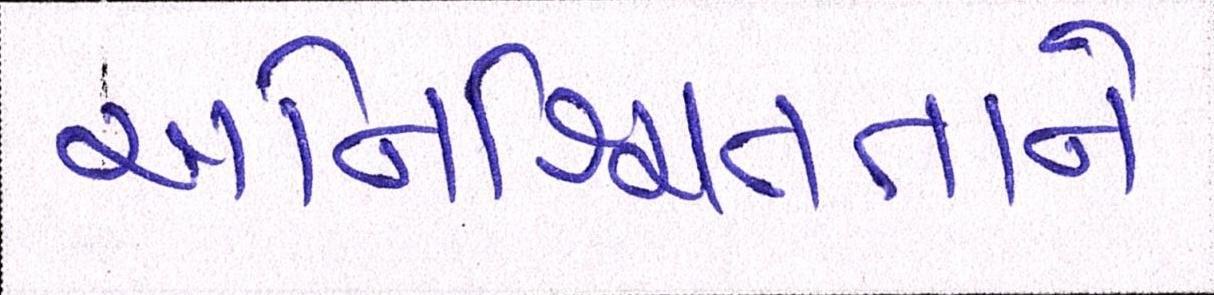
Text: અનિશ્ચિતતાને